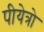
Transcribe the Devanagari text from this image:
पीयेत्रो